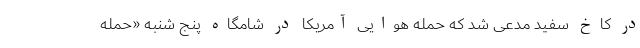
در کاخ سفید مدعی شد که حمله هوایی آمریکا در شامگاه پنج شنبه «حمله